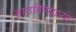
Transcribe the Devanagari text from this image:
साठविण्याऱ्या